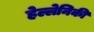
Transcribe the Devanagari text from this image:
हेल्लेनिकी